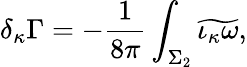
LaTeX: \delta_{\kappa}\Gamma=-{\frac{1}{8\pi}}\int_{\Sigma_{2}}\widetilde{\iota_{\kappa}\omega},